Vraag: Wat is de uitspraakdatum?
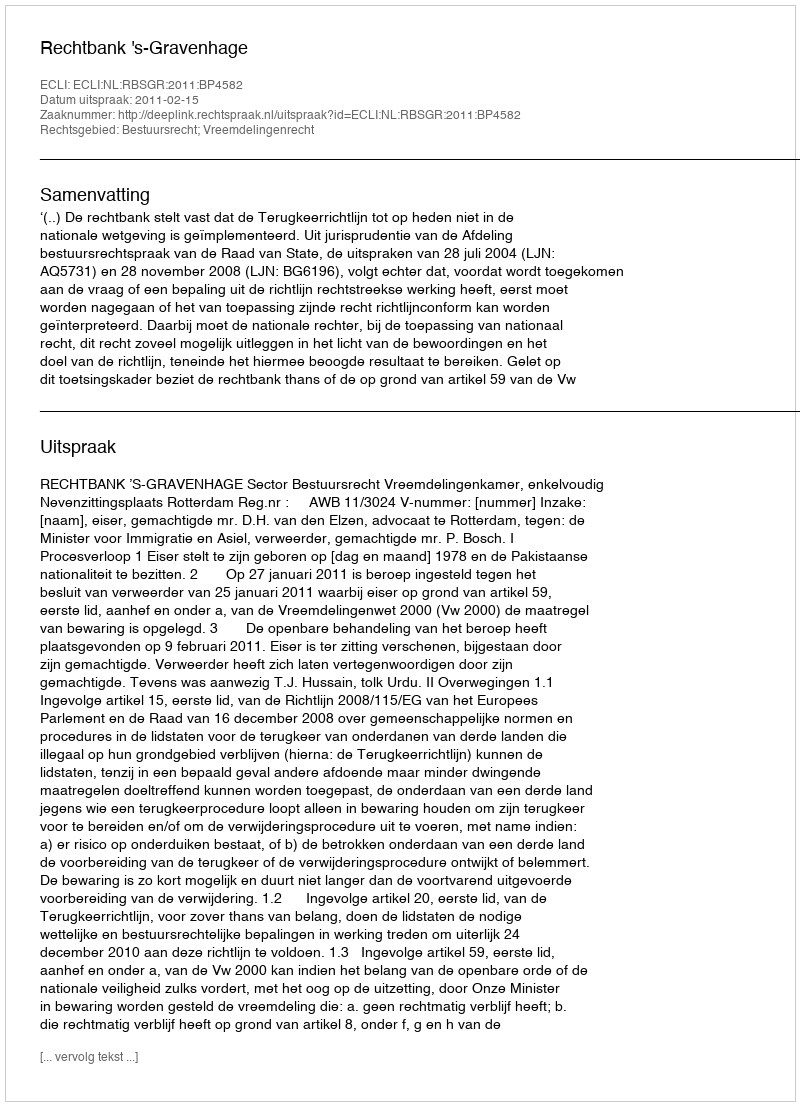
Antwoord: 2011-02-15